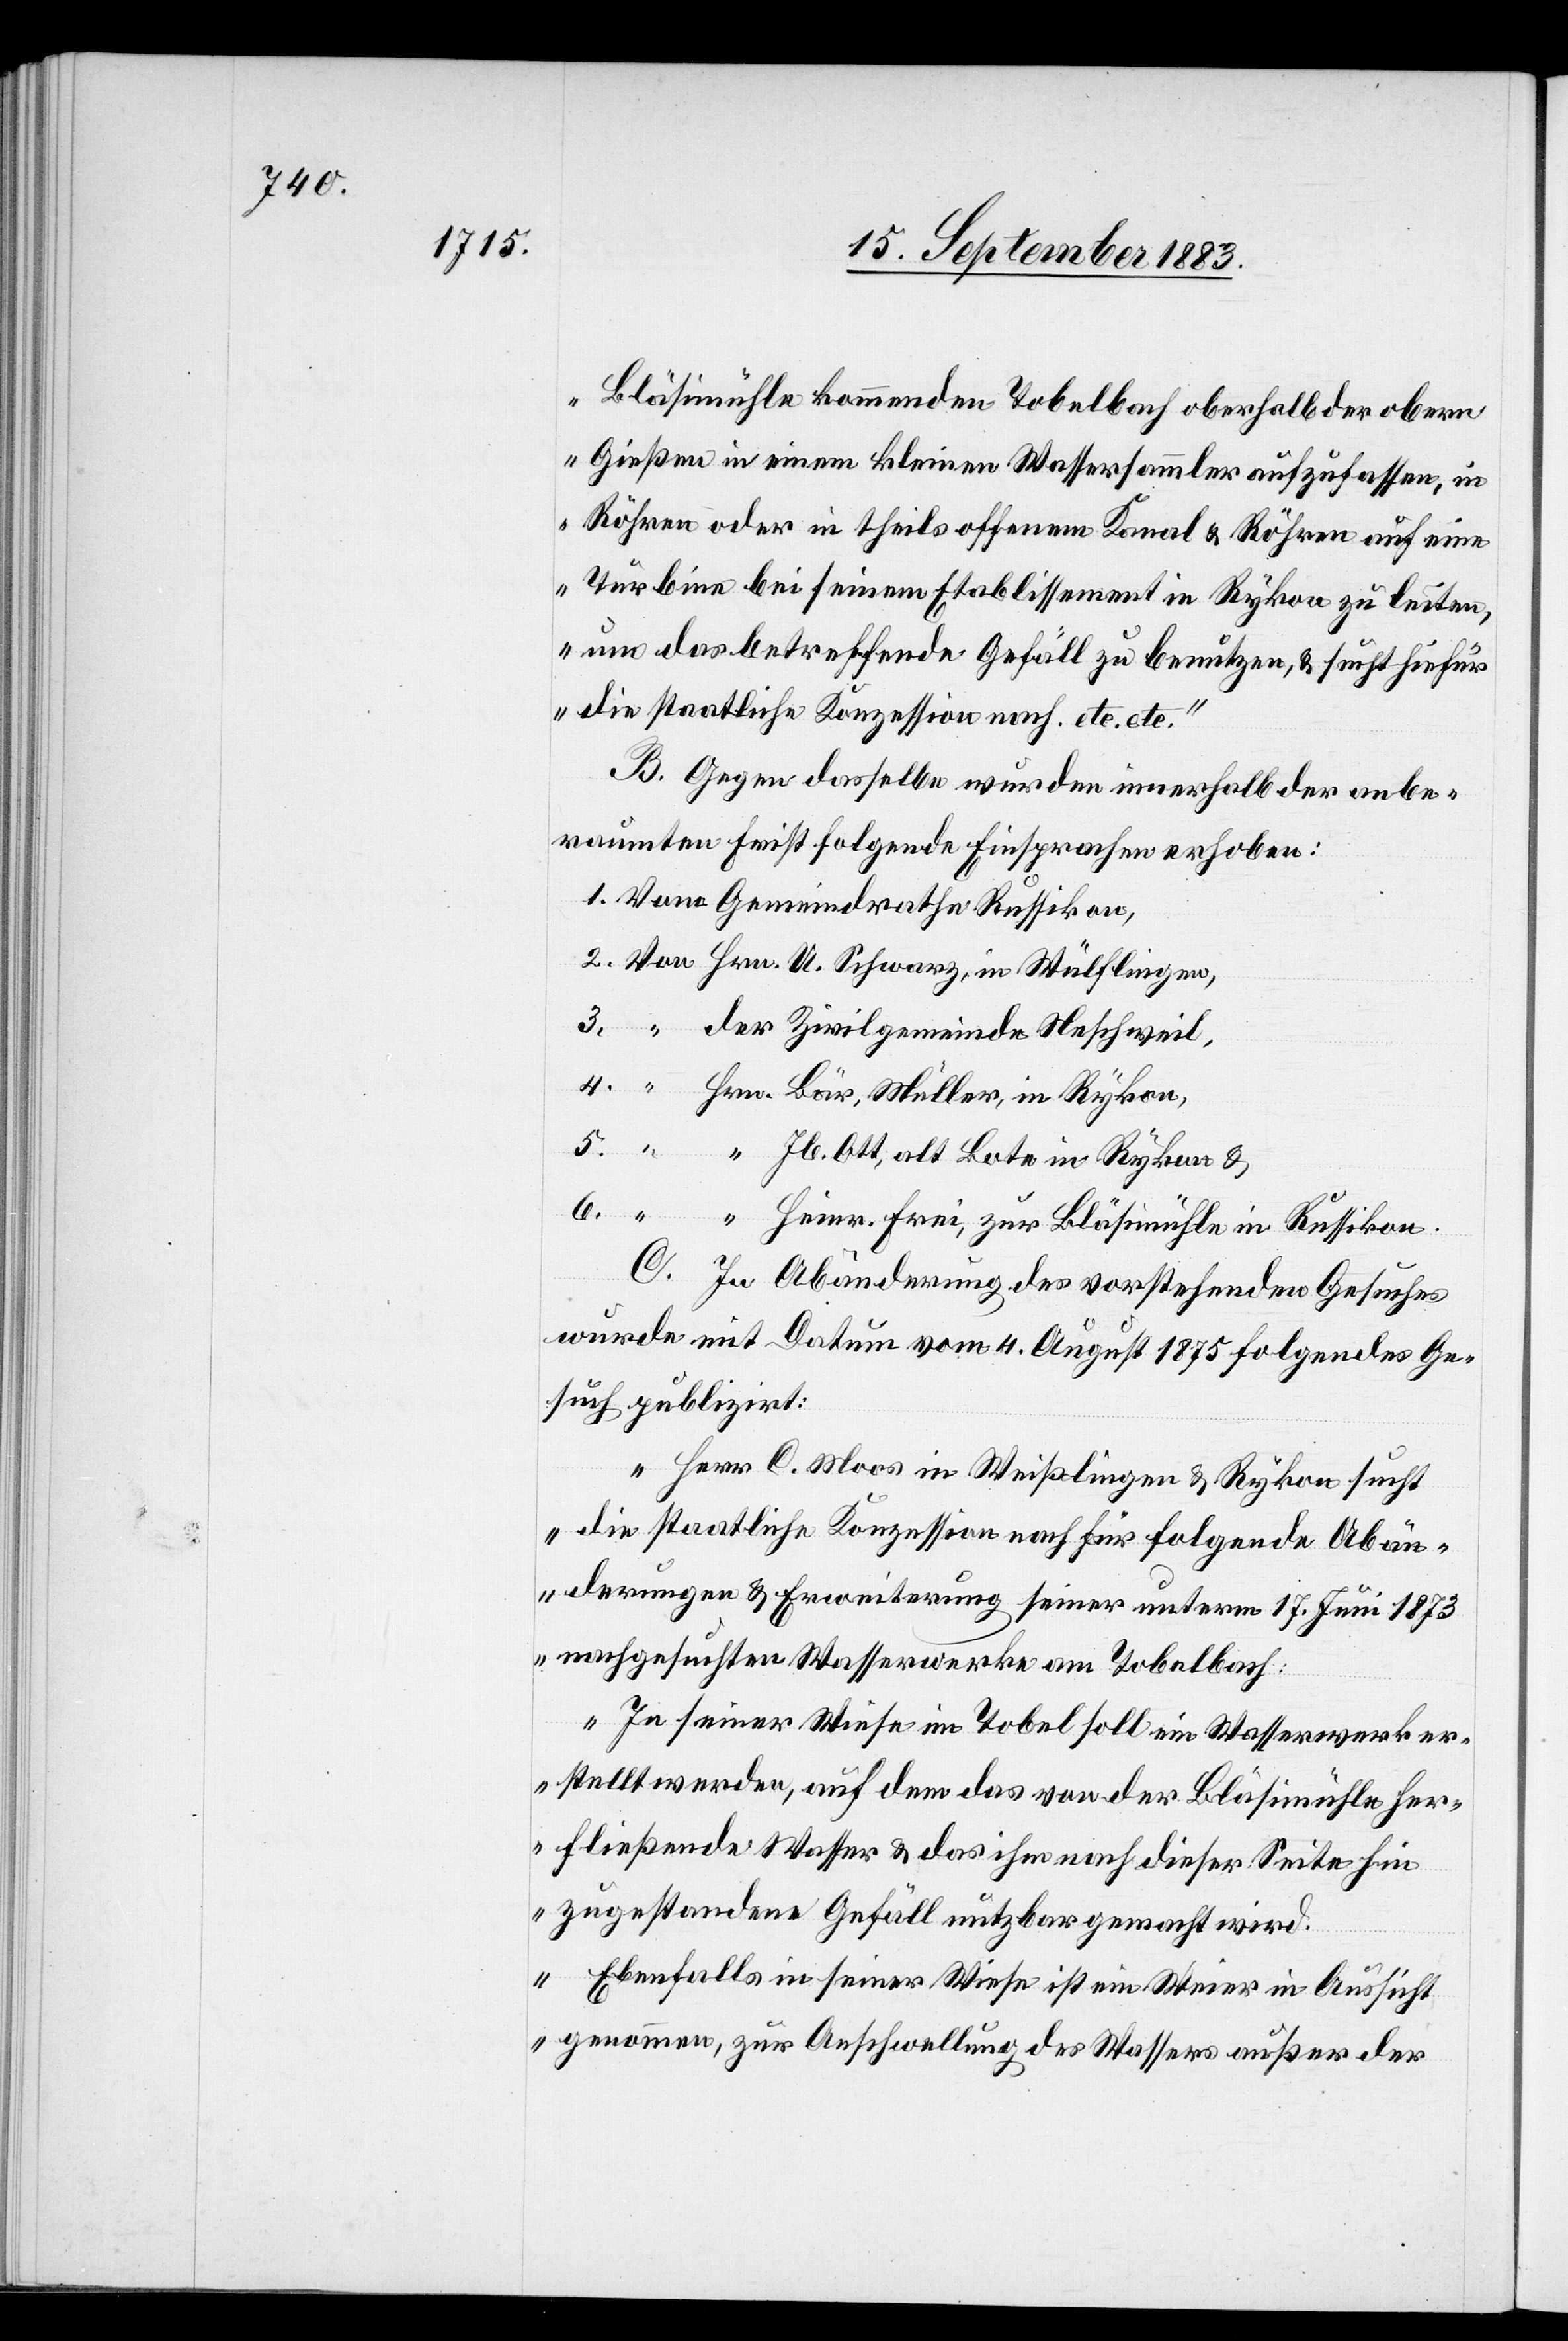
Bläsimühle kommenden Tobelbach oberhalb der obern
Gießen in einem kleinen Wassersammler aufzufassen, in
Röhren oder in theils offenem Kanal & Röhren auf eine
6.
Turbine bei seinem Etablissement in Rykon zu leiten,
um das betreffende Gefäll zu benutzen, & sucht hiefür
die staatliche Konzession nach. etc. etc.“
4.
B. Gegen dasselbe wurden innerhalb der anbe¬
raumten Frist folgende Einsprachen erhoben:
Vom Gemeindrath Russikon,
der Zivilgemeinde Neschweil,
C. In Abänderung des vorstehenden Gesuches
wurde mit Datum vom 4. August 1875 folgendes Ge¬
such publizirt:
„Herr C. Moos in Weißlingen & Rykon sucht
die staatliche Konzession nach für folgende Abän¬
derungen & Erweiterung seiner unterm 17. Juni 1873
nachgesuchten Wasserwerke am Tobelbach:
In seiner Wiese im Tobel soll ein Wasserwerk er¬
stellt werden, auf dem das von der Bläsimühle her¬
fließende Wasser & das ihm nach dieser Seite hin
zugestandene Gefäll nutzbar gemacht wird.
Ebenfalls in seiner Wiese ist ein Weier in Aussicht
genommen, zur Anschwellung des Wassers außer der